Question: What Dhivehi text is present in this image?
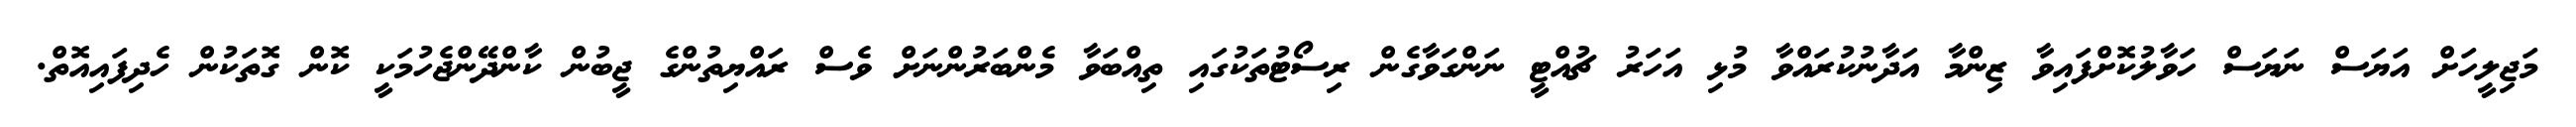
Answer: މަޖިލީހަށް އަޔަސް ނަޔަސް ހަވާލުކޮށްފައިވާ ޒިންމާ އަދާނުކުރައްވާ މުޅި އަހަރު ޗުއްޓީ ނަންގަވާގެން ރިސޯޓުތަކުގައި ތިއްބަވާ މެންބަރުންނަށް ވެސް ރައްޔިތުންގެ ޖީބުން ކާންދޭންޖެހުމަކީ ކޮން ގޮތަކުން ހެދިފައިއޮތް.